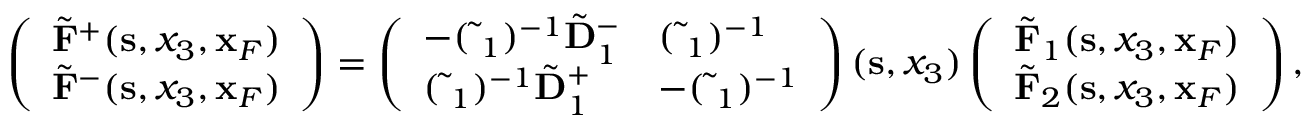
\begin{array} { r l r } & { } & { \left( \begin{array} { l } { \tilde { \bf F } ^ { + } ( { \bf s } , x _ { 3 } , { \bf x } _ { F } ) } \\ { \tilde { \bf F } ^ { - } ( { \bf s } , x _ { 3 } , { \bf x } _ { F } ) } \end{array} \right) = \left( \begin{array} { l l } { - ( \tilde { \bf \Delta } _ { 1 } ) ^ { - 1 } \tilde { \bf D } _ { 1 } ^ { - } } & { ( \tilde { \bf \Delta } _ { 1 } ) ^ { - 1 } } \\ { ( \tilde { \bf \Delta } _ { 1 } ) ^ { - 1 } \tilde { \bf D } _ { 1 } ^ { + } } & { - ( \tilde { \bf \Delta } _ { 1 } ) ^ { - 1 } } \end{array} \right) ( { \bf s } , x _ { 3 } ) \left( \begin{array} { l } { \tilde { \bf F } _ { 1 } ( { \bf s } , x _ { 3 } , { \bf x } _ { F } ) } \\ { \tilde { \bf F } _ { 2 } ( { \bf s } , x _ { 3 } , { \bf x } _ { F } ) } \end{array} \right) , } \end{array}